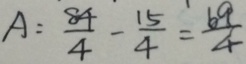
A : \frac { 8 4 } { 4 } - \frac { 1 5 } { 4 } = \frac { 6 9 } { 4 }